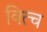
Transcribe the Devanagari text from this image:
वित्च